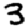
Digit: 3